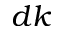
d k